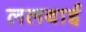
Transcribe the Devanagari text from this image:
ललबाई